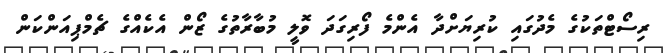
ރިސޯޓްތަކުގެ މެދުގައި ކުރިޔަށްދާ އެންމެ ފޯރިގަދަ ވޮލީ މުބާރާތުގެ ޒޯން އެކެއްގެ ޗެމްޕިއަންކަން